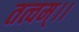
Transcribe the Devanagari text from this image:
तत्वम्।।